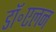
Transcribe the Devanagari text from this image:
डॉ॰एलन